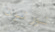
نورتون